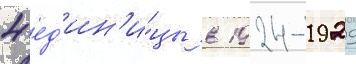
4 ед'ин'и́цы в 1924-1929